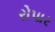
રોપાર